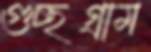
গুচ্ছগ্রাম